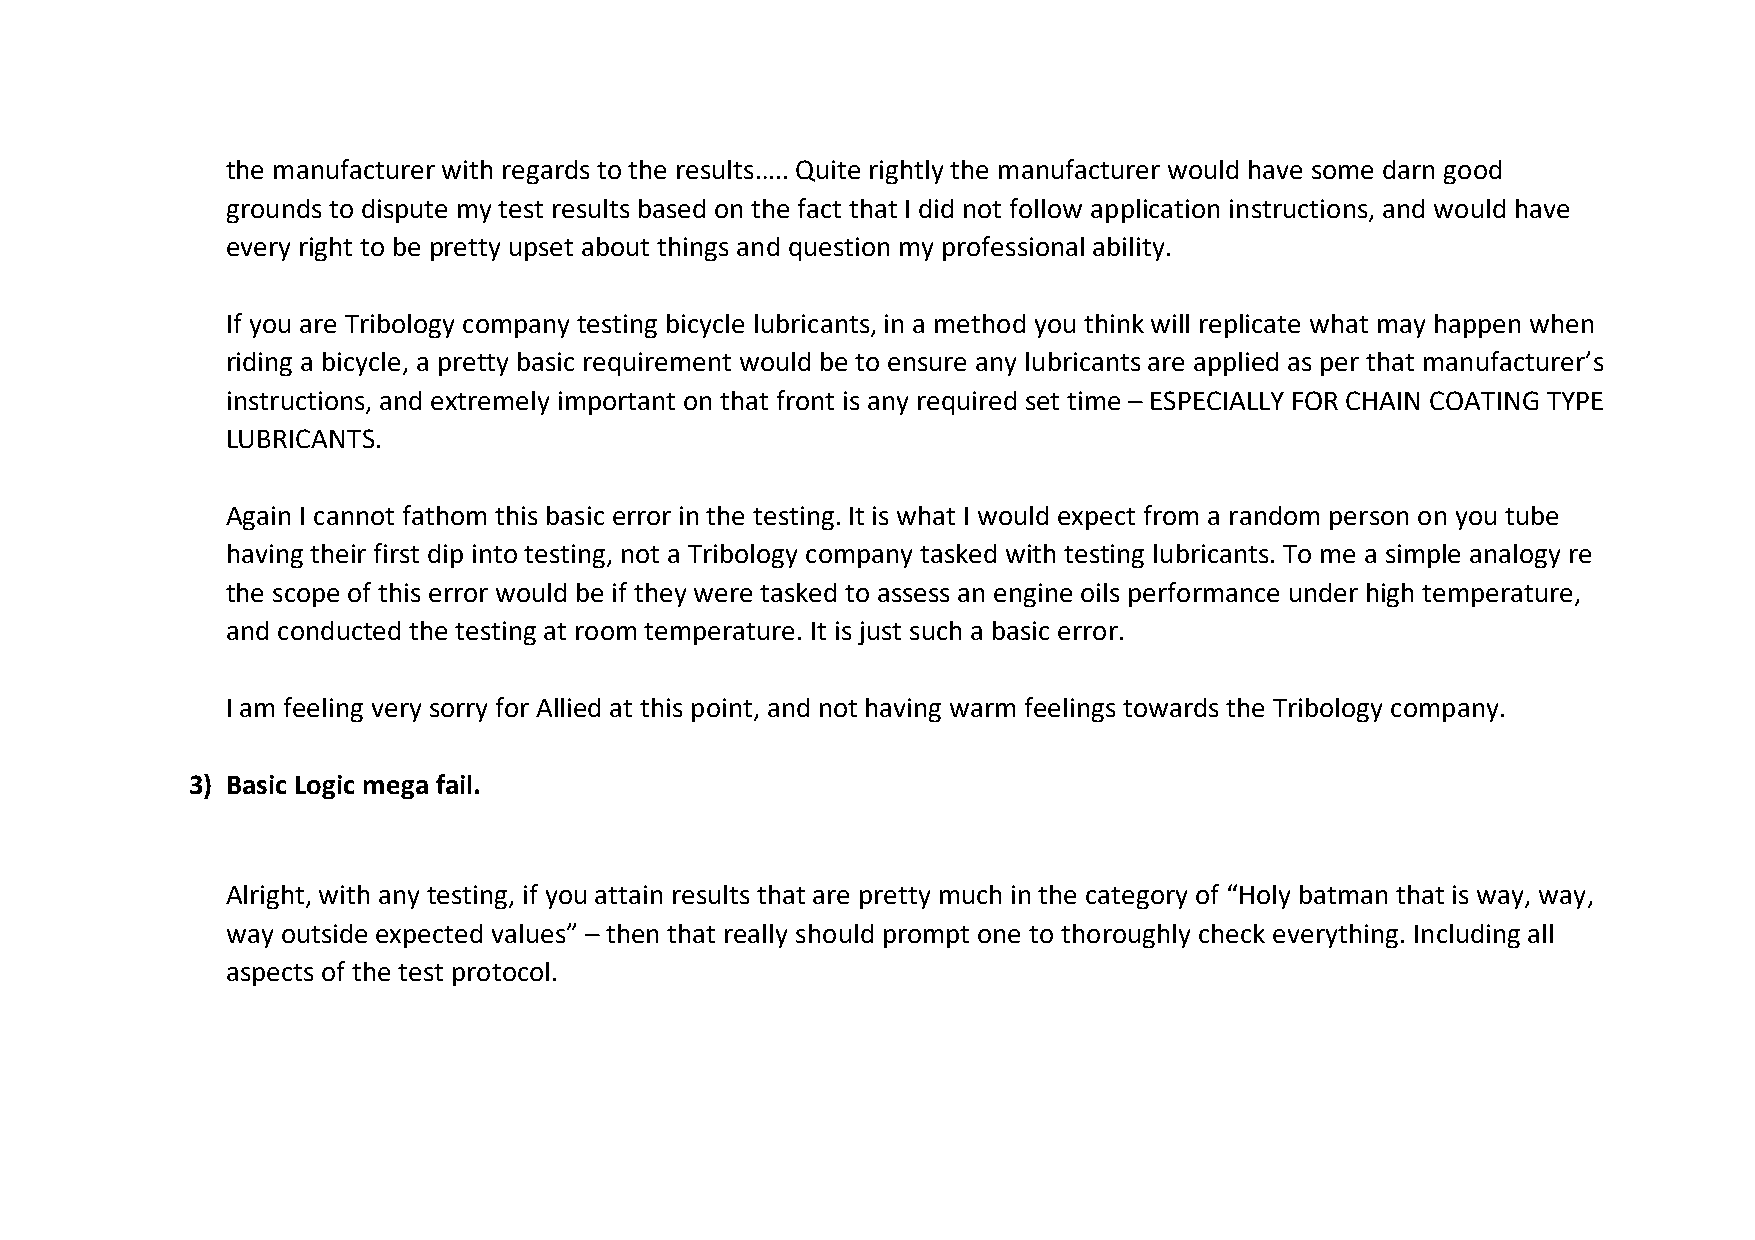
the manufacturer with regards to the results….. Quite rightly the manufacturer would have some darn good
 grounds to dispute my test results based on the fact that I did not follow application instructions, and would have
 every right to be pretty upset about things and question my professional ability.
 If you are Tribology company testing bicycle lubricants, in a method you think will replicate what may happen when
 riding a bicycle, a pretty basic requirement would be to ensure any lubricants are applied as per that manufacturer’s
 instructions, and extremely important on that front is any required set time – ESPECIALLY FOR CHAIN COATING TYPE
 LUBRICANTS.
 Again I cannot fathom this basic error in the testing. It is what I would expect from a random person on you tube
 having their first dip into testing, not a Tribology company tasked with testing lubricants. To me a simple analogy re
 the scope of this error would be if they were tasked to assess an engine oils performance under high temperature,
 and conducted the testing at room temperature. It is just such a basic error.
 I am feeling very sorry for Allied at this point, and not having warm feelings towards the Tribology company.
 3) Basic Logic mega fail.
 Alright, with any testing, if you attain results that are pretty much in the category of “Holy batman that is way, way,
 way outside expected values” – then that really should prompt one to thoroughly check everything. Including all
 aspects of the test protocol.